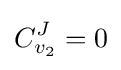
C_{v_{2}}^{J}=0